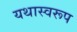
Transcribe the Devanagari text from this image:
यथास्वरूप